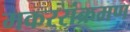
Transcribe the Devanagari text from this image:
मकरसंक्रमण